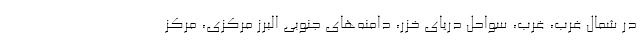
در شمال غرب، غرب، سواحل دریای خزر، دامنه‌های جنوبی البرز مرکزی، مرکز